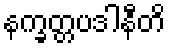
နက္ခတ္တပဒါနီတိ